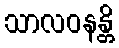
သာလဝနန္တိ